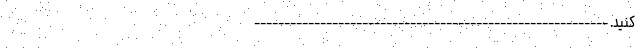
کنید. -----------------------------------------------------------